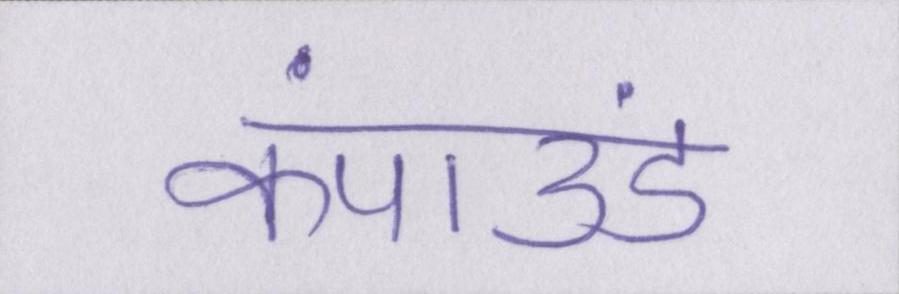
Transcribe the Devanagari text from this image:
कंपाउंड